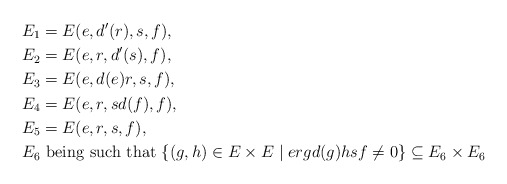
\begin{align*} E_1&=E(e,d'(r),s,f),\\ E_2&=E(e,r,d'(s),f),\\ E_3&=E(e,d(e)r,s,f),\\ E_4&=E(e,r,sd(f),f),\\ E_5&=E(e,r,s,f),\\ E_6&\mbox{ being such that }\{(g,h)\in E\times E\mid ergd(g)hsf\ne 0\}\subseteq E_6\times E_6\end{align*}